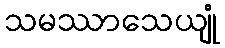
သမဿာသေယျုံ